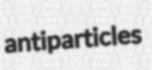
antiparticles